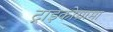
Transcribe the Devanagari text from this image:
ट्राइकोग्रामा